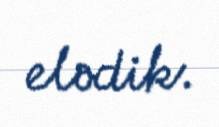
elədik.